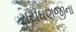
રાયઘણજીના